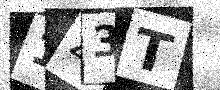
Text: 1Z3T